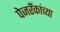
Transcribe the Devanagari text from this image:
पेजरँकांच्या